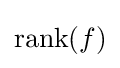
{\textstyle \operatorname {rank} (f)}